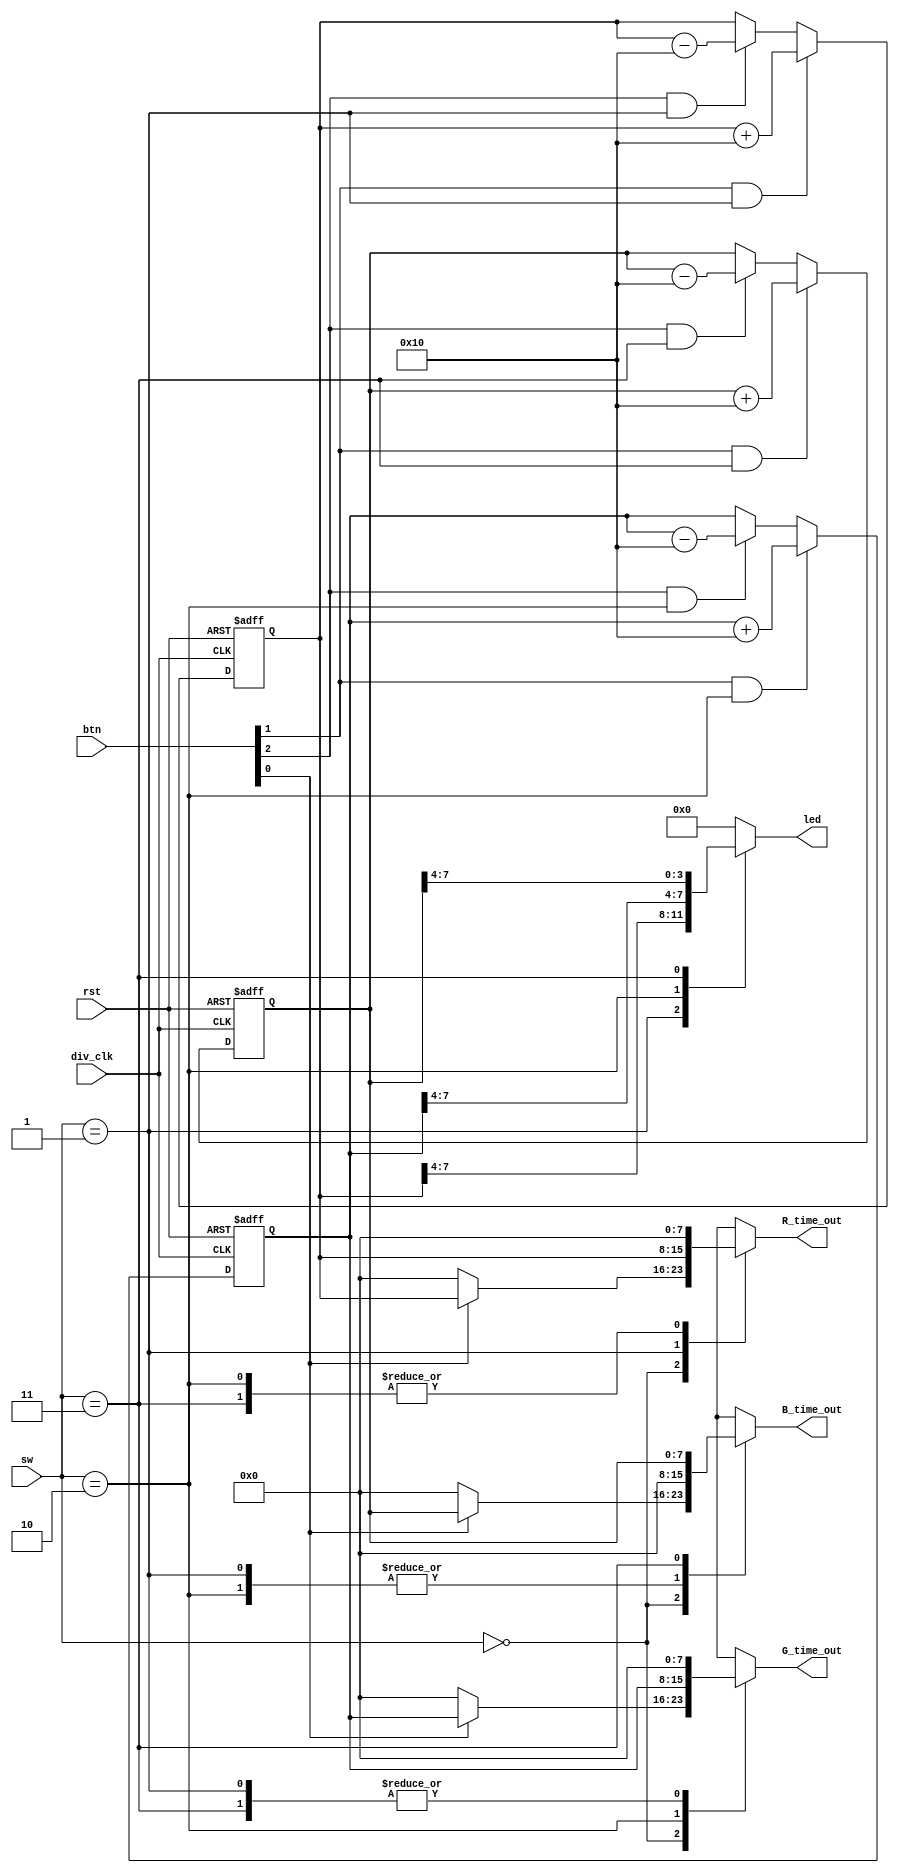
module Decoder (
  input			div_clk,		//100MHz
  input			rst,
  input  [1:0] sw,
  input  [3:1] btn,
  output reg [7:0] R_time_out,
  output reg [7:0] G_time_out,
  output reg [7:0] B_time_out,
  output reg [3:0] led
);
reg [7:0] R;
reg [7:0] G;
reg [7:0] B;


  always @ ( * ) begin
    case (sw)
      2'b00: begin
        R_time_out = (btn[1])?R:0;
        G_time_out = (btn[1])?G:0;
        B_time_out = (btn[1])?B:0;
      end
      2'b01: begin
        R_time_out = R;
        G_time_out = 8'd0;
        B_time_out = 8'd0;
      end
      2'b10: begin
        R_time_out = 8'd0;
        G_time_out = G;
        B_time_out = 8'd0;
      end
      2'b11: begin
        R_time_out = 8'd0;
        G_time_out = 8'd0;
        B_time_out = B;
      end
      default: begin
        R_time_out = 8'd0;
        G_time_out = 8'd0;
        B_time_out = 8'd0;
      end
    endcase
  end
/////R
  always@(posedge div_clk or posedge rst)
  begin
	if(rst)
		R<=8'd128;
	else if(btn[2] && sw==2'b01)
		R<=R+5'd16;
	else if(btn[3] && sw==2'b01)
		R<=R-5'd16;	
  end
/////G 
  always@(posedge div_clk or posedge rst)
  begin
	if(rst)
		G<=8'd128;
	else if(btn[2] && sw==2'b10)
		G<=G+5'd16;
	else if(btn[3] && sw==2'b10)
		G<=G-5'd16;
  end
  
  ///////B
  always@(posedge div_clk or posedge rst)
  begin
	if(rst)
		B<=8'd128;
	else if(btn[2] && sw==2'b11)
		B<=B+5'd16;
	else if(btn[3] && sw==2'b11)
		B<=B-5'd16;
  end
  
  always@(*)
     case(sw)
       2'b01:led=R[7:4];
	   2'b10:led=G[7:4];
	   2'b11:led=B[7:4];
	   default:led=4'b0000;
	 endcase
  
  
endmodule // Decoder